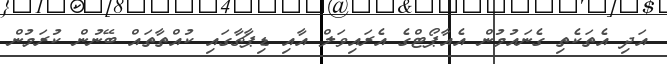
އަދި އެތަކެތި ގެނައުމުން އެއާޕޯޓްގެ އެރައިވަލް އާއި ޑިޕާޗާގައި ކުއްތާތައް ބޭނުން ކުރަމުން